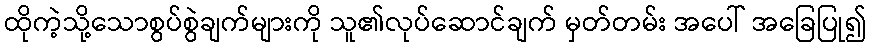
ထိုကဲ့သို့သောစွပ်စွဲချက်များကို သူ၏လုပ်ဆောင်ချက် မှတ်တမ်း အပေါ် အခြေပြု၍